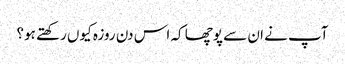
آپ نے ان سے پوچھا کہ اس دن روزہ کیوں رکھتے ہو؟